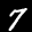
Label: 7